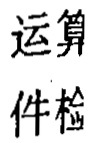
运算
件检